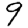
Digit: 9